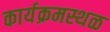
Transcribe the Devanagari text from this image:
कार्यक्रमस्थळ